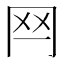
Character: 𦉯